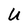
Character: U